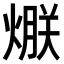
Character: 𤌯